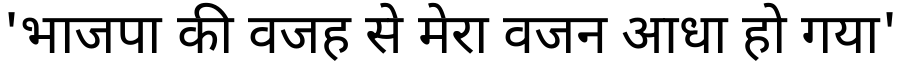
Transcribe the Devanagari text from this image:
'भाजपा की वजह से मेरा वजन आधा हो गया'